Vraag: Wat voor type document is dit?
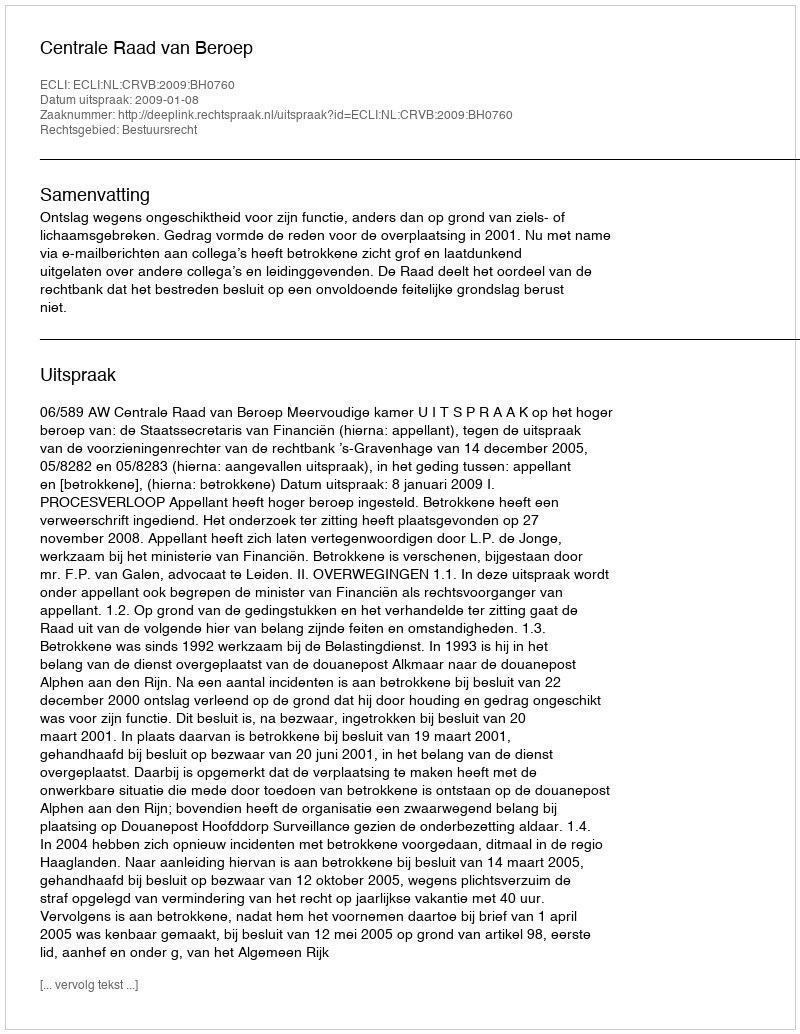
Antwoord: Uitspraak